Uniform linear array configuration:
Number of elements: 16
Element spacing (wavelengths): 1
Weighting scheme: cosine
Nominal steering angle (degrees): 15
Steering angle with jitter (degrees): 13.975
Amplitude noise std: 0.05
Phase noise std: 0.05

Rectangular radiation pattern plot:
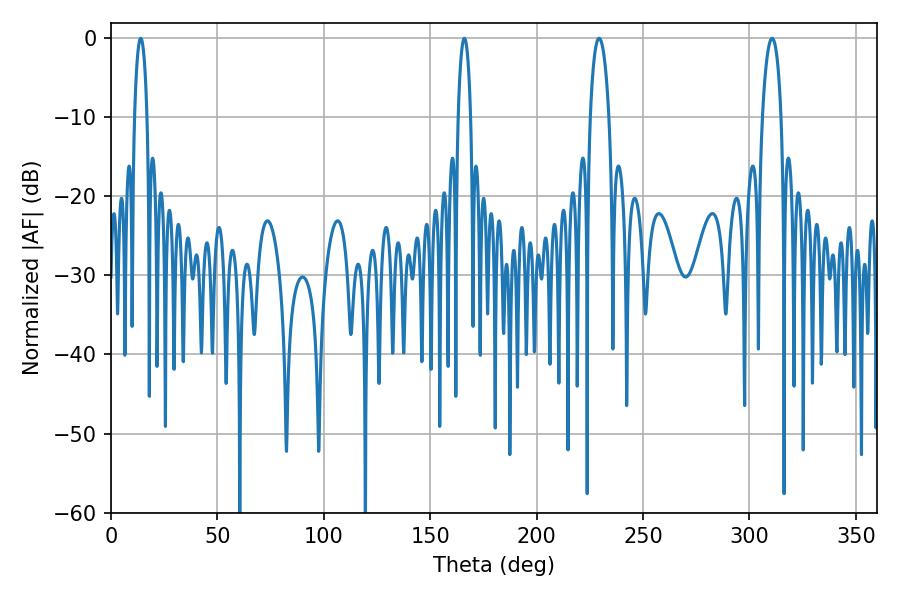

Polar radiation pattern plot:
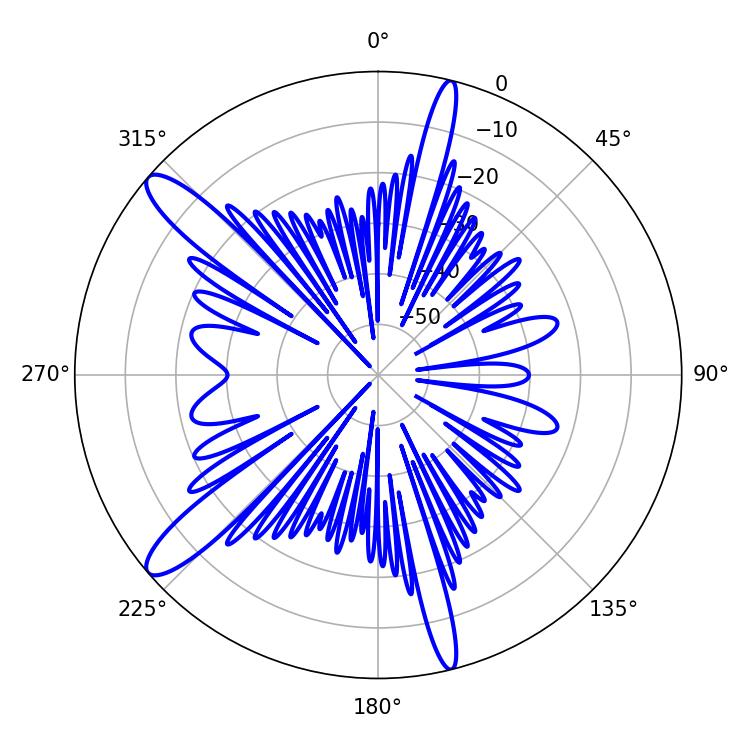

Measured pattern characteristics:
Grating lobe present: TRUE
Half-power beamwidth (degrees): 4.86
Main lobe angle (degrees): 229.32